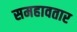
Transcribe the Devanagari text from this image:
समहावतार